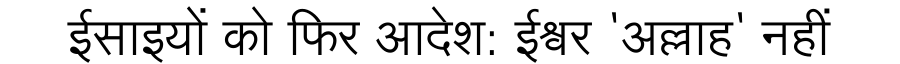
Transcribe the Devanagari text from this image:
ईसाइयों को फिर आदेश: ईश्वर 'अल्लाह' नहीं